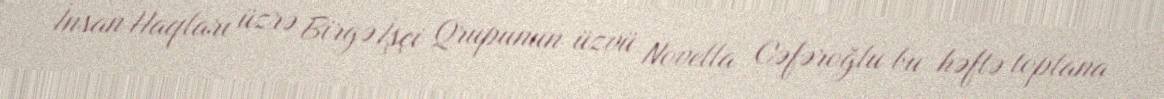
İnsan Haqları üzrə Birgə İşçi Qrupunun üzvü Novella Cəfəroğlu bu həftə toplana